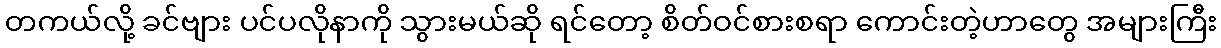
တကယ်လို့ ခင်ဗျား ပင်ပလိုနာကို သွားမယ်ဆို ရင်တော့ စိတ်ဝင်စားစရာ ကောင်းတဲ့ဟာတွေ အများကြီး